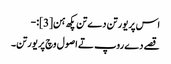
اس پریورتن دے تن پکھ ہن[3]:-
قصے دے روپ تے اصول وچ پریورتن۔